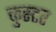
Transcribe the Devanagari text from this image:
कुस्टर